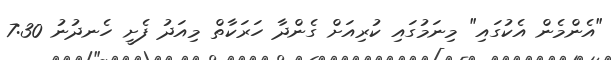
"އެންމެން އެކުގައި" މިނަމުގައި ކުރިއަށް ގެންދާ ހަރަކާތް މިއަދު ފެށީ ހެނދުނު 7:30